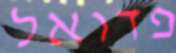
פדואל